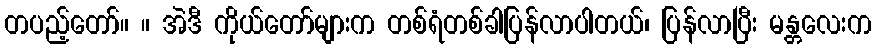
တပည့်တော်။ ။ အဲဒီ ကိုယ်တော်များက တစ်ရံတစ်ခါပြန်လာပါတယ်၊ ပြန်လာပြီး မန္တလေးက